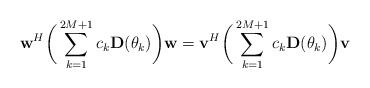
LaTeX: \begin{align*}\mathbf w^H \bigg(\sum_{k=1}^{2M+1} c_k \mathbf D (\theta_{k}) \bigg)\mathbf w = \mathbf v^H \bigg(\sum_{k=1}^{2M+1} c_k \mathbf D(\theta_{k})\bigg) \mathbf v \end{align*}